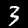
Digit: 3